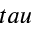
t a u